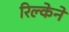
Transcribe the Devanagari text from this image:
रिल्केने